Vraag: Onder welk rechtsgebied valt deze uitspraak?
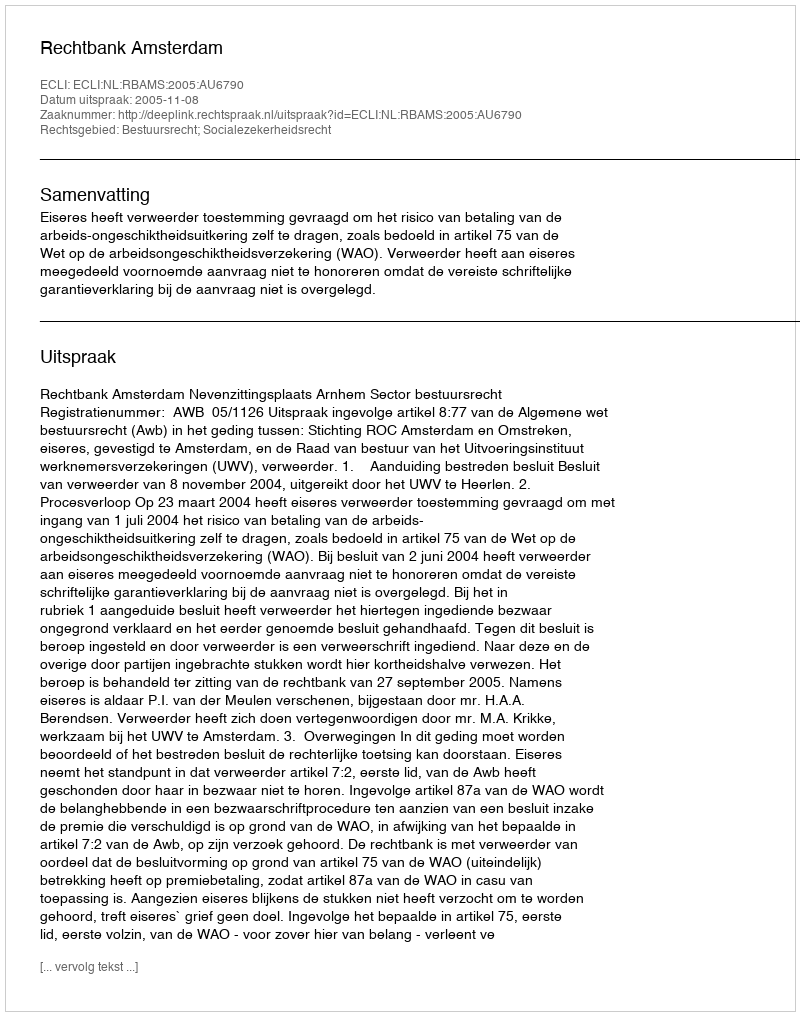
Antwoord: Bestuursrecht; Socialezekerheidsrecht